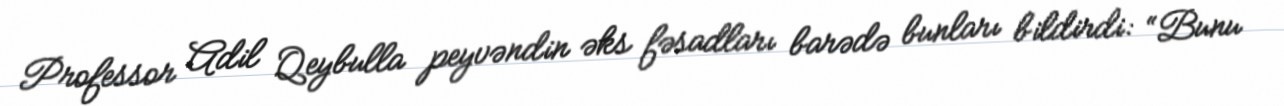
Professor Adil Qeybulla peyvəndin əks fəsadları barədə bunları bildirdi: “Bunu